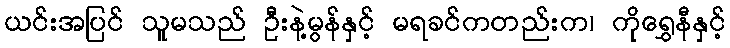
ယင်းအပြင် သူမသည် ဦးနဲ့မွန်နှင့် မရခင်ကတည်းက၊ ကိုရွှေနီနှင့်